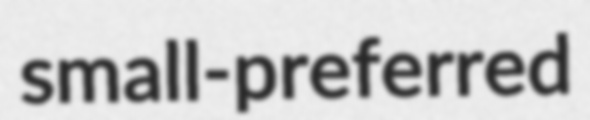
small-preferred